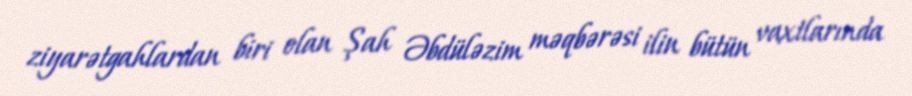
ziyarətgahlardan biri olan Şah Əbdüləzim məqbərəsi ilin bütün vaxtlarında